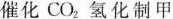
催化CO_{2}氢化制甲